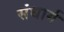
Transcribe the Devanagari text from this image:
संधार्ग